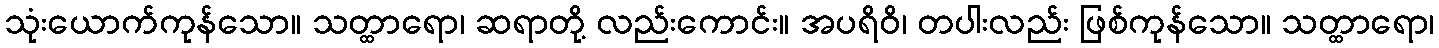
သုံးယောက်ကုန်သော။ သတ္ထာရော၊ ဆရာတို့ လည်းကောင်း။ အပရိဝိ၊ တပါးလည်း ဖြစ်ကုန်သော။ သတ္ထာရော၊